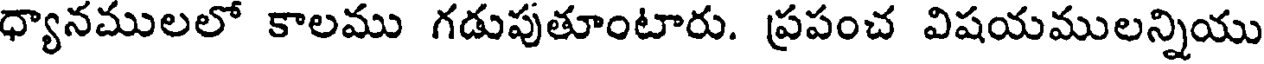
ధ్యానములలో కాలము గడుపుతూంటారు. ప్రపంచ విషయములన్నియు